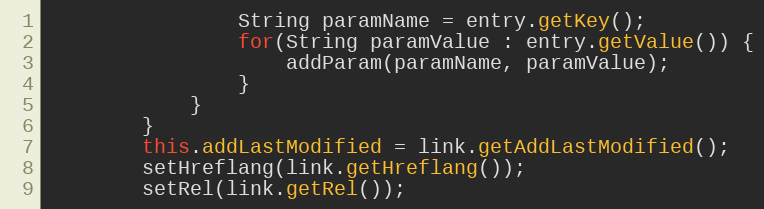
Language: Java
				String paramName = entry.getKey();
				for(String paramValue : entry.getValue()) {
					addParam(paramName, paramValue);
				}
			}
		}
		this.addLastModified = link.getAddLastModified();
		setHreflang(link.getHreflang());
		setRel(link.getRel());